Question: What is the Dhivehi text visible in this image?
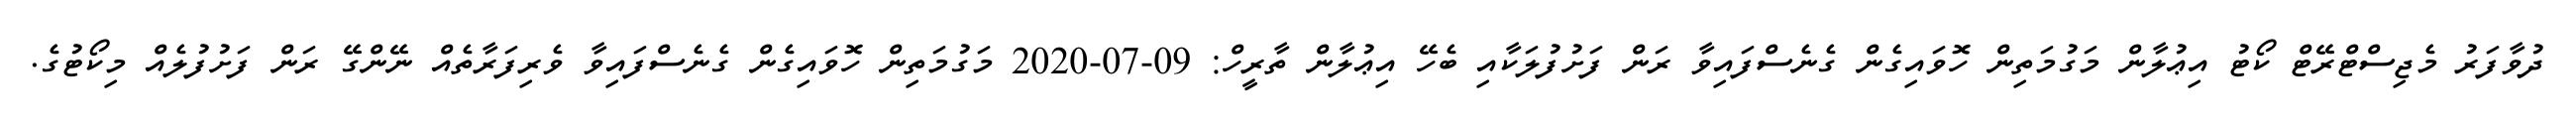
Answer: ދުވާފަރު މެޖިސްޓްރޭޓް ކޯޓު އިޢުލާން މަގުމަތިން ހޮވައިގެން ގެނެސްފައިވާ ރަން ފަށުފުލަކާއި ބެހޭ އިޢުލާން ތާރީހް: 09-07-2020 މަގުމަތިން ހޮވައިގެން ގެނެސްފައިވާ ވެރިފަރާތެއް ނޭންގޭ ރަން ފަށުފުލެއް މިކޯޓުގެ.